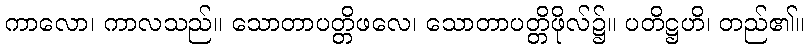
ကာလော၊ ကာလသည်။ သောတာပတ္တိဖလေ၊ သောတာပတ္တိဖိုလ်၌။ ပတိဋ္ဌဟိ၊ တည်၏။